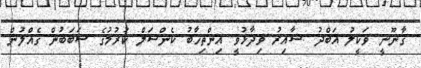
ގާނޫނީ ވަކީލު އަބްދު ޝާއިރު ވިދާޅުވީ އިންތިޚާބު ކެންސަލް ކުރުމުގެ ސަބަބުން ގެއްލުން